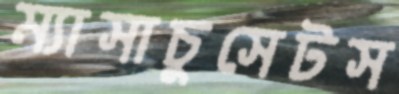
ম্যাসাচুসেটস